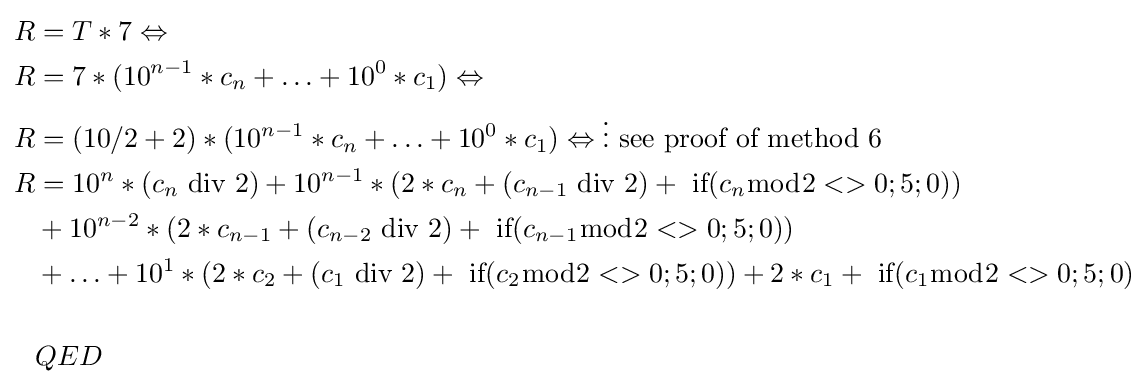
{\begin{aligned}R&=T*7\Leftrightarrow \\R&=7*(10^{n-1}*c_{n}+\ldots +10^{0}*c_{1})\Leftrightarrow \\R&=(10/2+2)*(10^{n-1}*c_{n}+\ldots +10^{0}*c_{1})\Leftrightarrow \vdots {\mbox{ see proof of method 6}}\\R&=10^{n}*(c_{n}{\text{ div }}2)+10^{n-1}*(2*c_{n}+(c_{n-1}{\text{ div }}2)+{\text{ if}}(c_{n}{\bmod {2}}<>0;5;0))\\&+10^{n-2}*(2*c_{n-1}+(c_{n-2}{\text{ div }}2)+{\text{ if}}(c_{n-1}{\bmod {2}}<>0;5;0))\\&+\ldots +10^{1}*(2*c_{2}+(c_{1}{\text{ div }}2)+{\text{ if}}(c_{2}{\bmod {2}}<>0;5;0))+2*c_{1}+{\text{ if}}(c_{1}{\bmod {2}}<>0;5;0)\\\\&QED\end{aligned}}